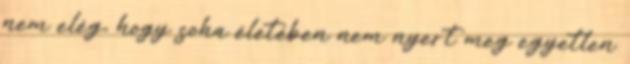
nem elég, hogy soha életében nem nyert meg egyetlen